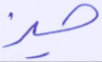
حيز